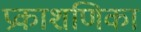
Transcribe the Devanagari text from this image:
प्रकाशणिका